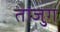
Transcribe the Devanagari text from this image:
तांजुग